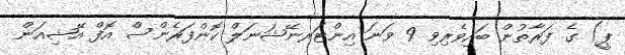
ޕީ) ގެ ފަރާތުން ބައިވެރިވި 9 ވަނަ އިންޓަރނޭޝަނަލް ކޮންފަރެންސް އޮފް އޭޝިއަން